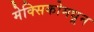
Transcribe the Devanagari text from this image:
मेक्सिकोमधून